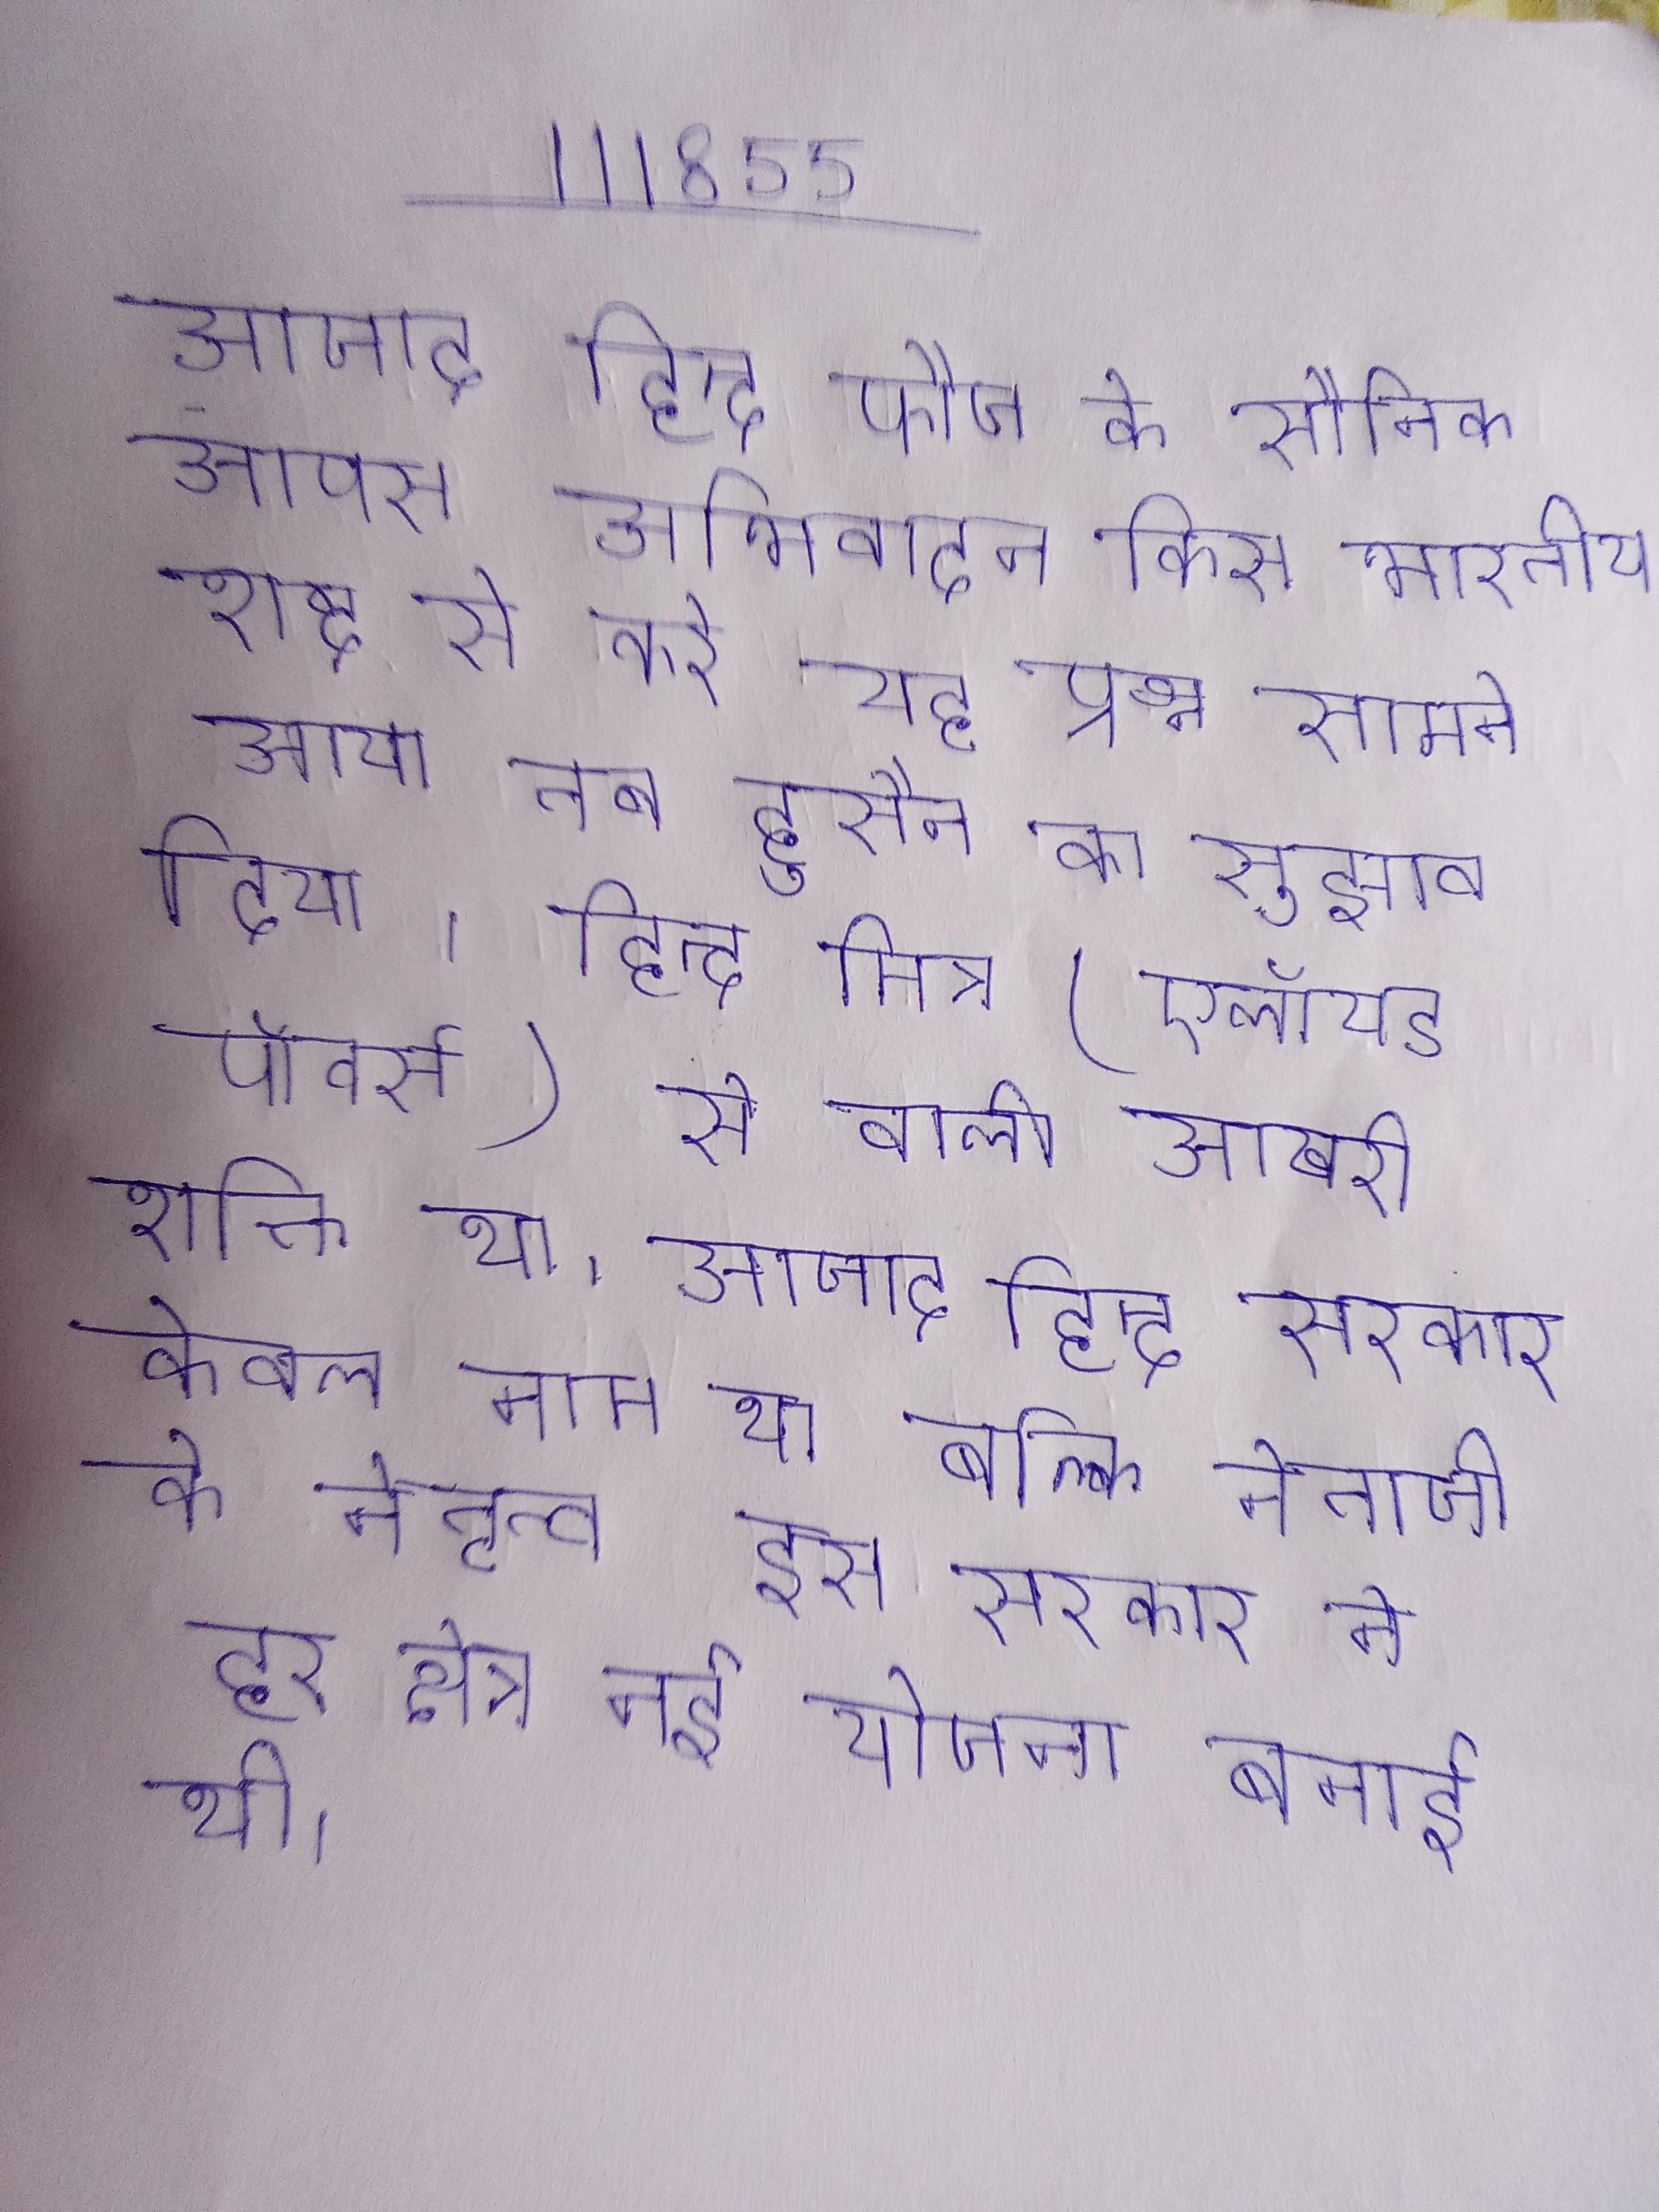
आजाद हिन्द फौज के सैनिक आपस अभिवादन किस भारतीय शब्द से करे यह प्रश्न सामने आया तब हुसैन का सुझाव दिया । हिन्द मित्र (एलॉयड पॉवर्स) से वाली आखरी शक्ति था । आजाद हिन्द सरकार केवल नाम था बल्कि नेताजी के नेतृत्व इस सरकार ने हर क्षेत्र नई योजना बनाई थी ।